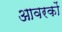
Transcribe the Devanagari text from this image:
आवरकों